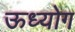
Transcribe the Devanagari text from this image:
ऊध्योग